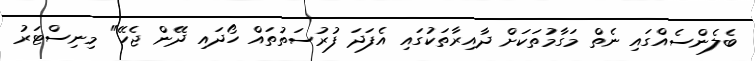
ބެލެންސެއްގައި ނެތް މަގާމުތަކަށް ދާއިރާތަކުގައި އެފަދަ ފުރުސަތުތައް ހޯދައި ދޭން ޖެހޭ" މިނިސްޓަރު